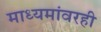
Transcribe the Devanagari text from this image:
माध्यमांवरही